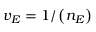
v _ { E } = 1 / \left( n _ { E } \right)